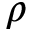
\rho